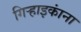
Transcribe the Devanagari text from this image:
गिर्‍हाइकांना